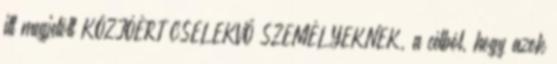
itt megjelölt KÖZJÓÉRT CSELEKVŐ SZEMÉLYEKNEK, a célból, hogy azok